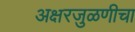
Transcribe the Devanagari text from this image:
अक्षरजुळणीचा